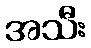
အသီး